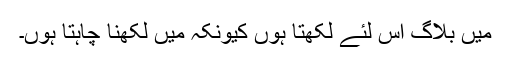
میں بلاگ اس لئے لکھتا ہوں کیونکہ میں لکھنا چاہتا ہوں۔